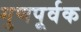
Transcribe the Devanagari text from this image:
गुणपूर्वक